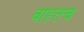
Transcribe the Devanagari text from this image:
वाहतच